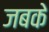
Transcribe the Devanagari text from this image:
जबके